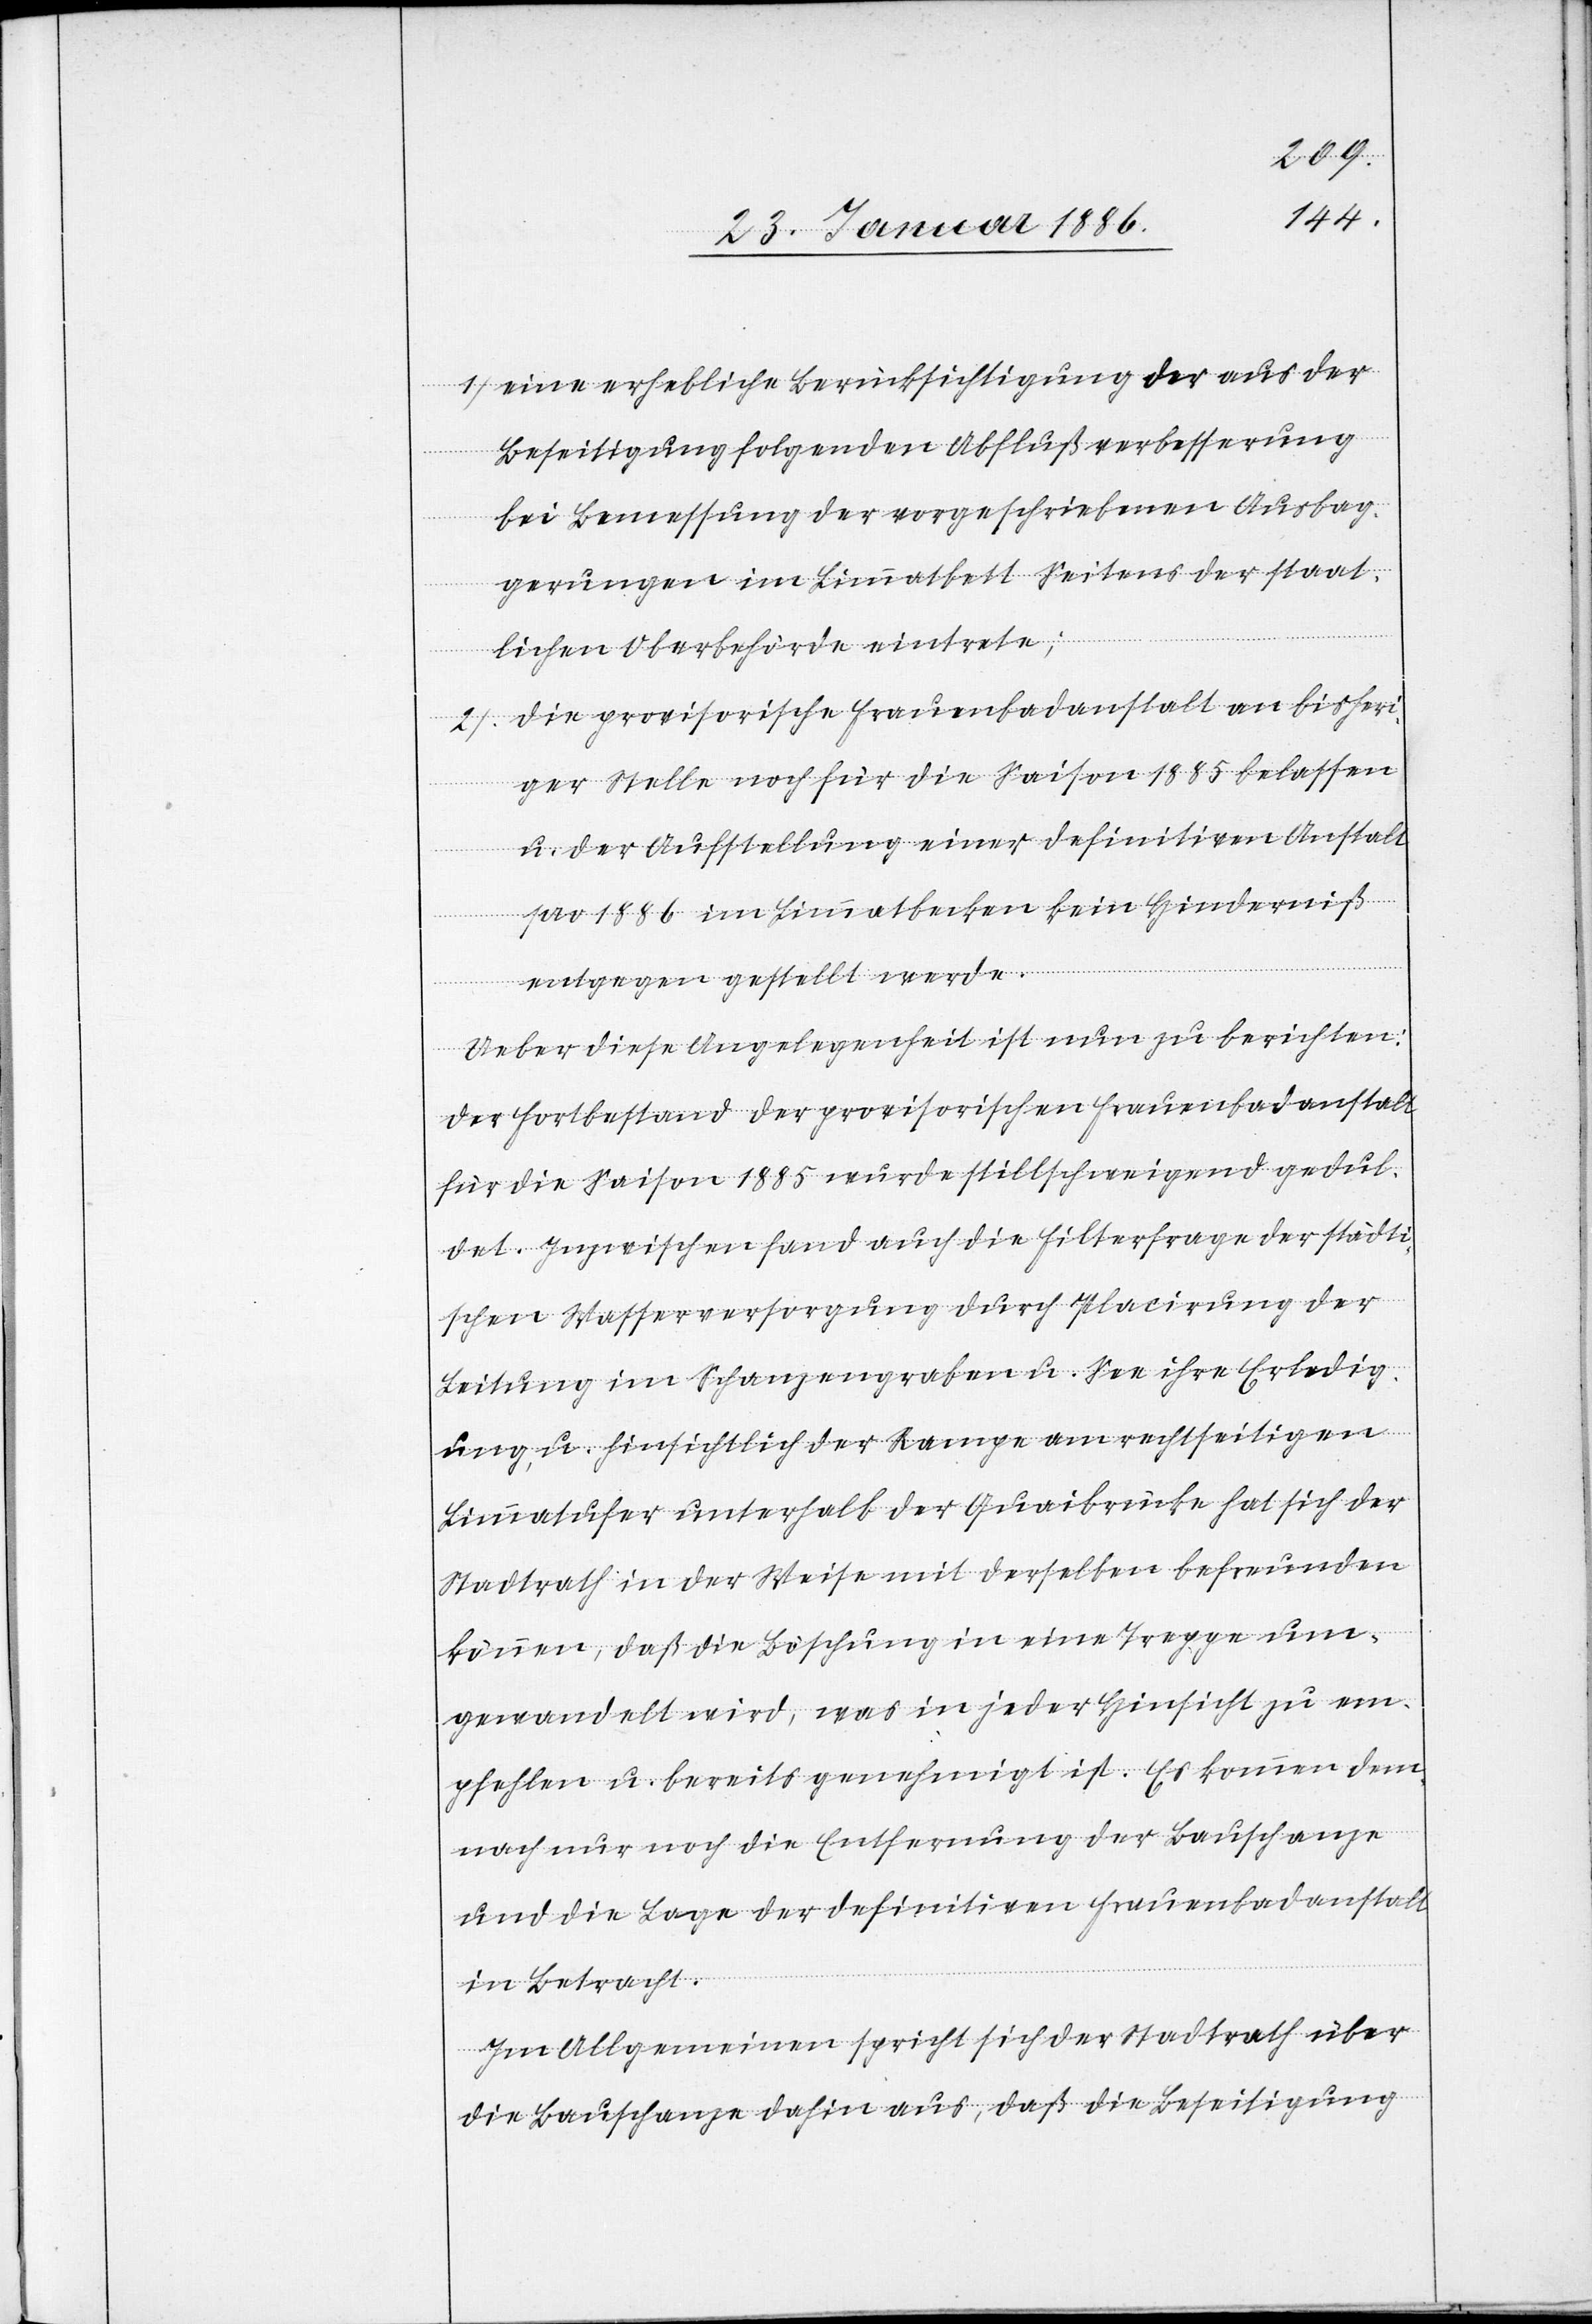
1) Eine erhebliche Berücksichtigung der aus der
Beseitigung folgenden Abschlußverbesserung
bei Bemessung der vorgeschriebenen Ausbag¬
gerungen im Limmatbett seitens der staat¬
lichen Oberbehörde eintrete;
2) Die provisorische Frauenbadeanstalt an bisheri¬
ger Stelle noch für die Saison 1885 belassen
u. der Aufstellung einer definitiven Anstalt
pro 1886 im Limmatbecken kein Hinderniß
entgegen gestellt werde.
Ueber diese Angelegenheit ist nun zu berichten:
Der Fortbestand der provisorischen Frauenbadanstalt
für die Saison 1885 wurde stillschweigend gedul¬
det. Inzwischen fand auch die Filterfrage der städti¬
schen Wasserversorgung durch Placierung der
Leitung im Schanzengraben u. See ihre Erledig¬
ung, u. hinsichtlich der Rampe am rechtseitigen
Limmatufer unterhalb der Quaibrücke hat sich der
Stadtrath in der Weise mit derselben befreunden
können, daß die Böschung in eine Treppe um¬
gewandelt wird, was in jeder Hinsicht zu em¬
pfehlen u. bereits genehmigt ist. Es komme dem¬
nach nur noch die Entfernung der Bauschanze
und die Lage der definitiven Frauenbadanstalt
in Betracht.
Im Allgemeinen spricht sich der Stadtrath über
die Bauschanze dahin aus, daß die Beseitigung